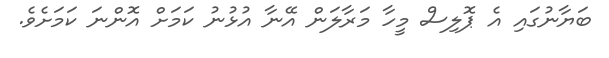
ބަޔާނުގައި އެ ޕޮލިސް މީހާ މަރާލަން އޭނާ އުޅުނު ކަމަށް އޮންނަ ކަމަށެވެ.